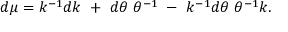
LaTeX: d \mu = k ^ { - 1 } d k ~ + ~ d \theta ~ \theta ^ { - 1 } ~ - ~ k ^ { - 1 } d \theta ~ \theta ^ { - 1 } k .